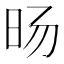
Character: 旸